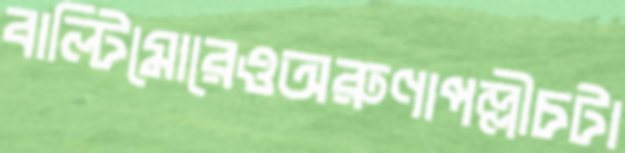
বাল্টিমোরেওঅরুণাপল্লীচটা